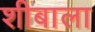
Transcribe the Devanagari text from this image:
शीबाला